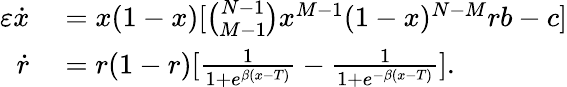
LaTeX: \begin{array}{rl}{\varepsilon\dot{x}}&{{}=x(1-x)[\binom{N-1}{M-1}x^{M-1}(1-x)^{N-M}rb-c]}\\ {\dot{r}}&{{}=r(1-r)[\frac{1}{1+e^{\beta(x-T)}}-\frac{1}{1+e^{-\beta(x-T)}}].}\end{array}